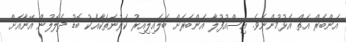
އަންބަރް އަތް އެޅުމުންނެވެ. އިސްއުފުލާ އަންބަރަށް ބަލައިލިއިރު ކަރުނަތަކާއެކު ބޮޑު ދެލޮލުން އޭނާއަށް